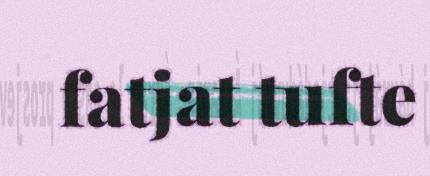
fatjat tufte